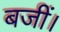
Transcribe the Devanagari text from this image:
बजीं।